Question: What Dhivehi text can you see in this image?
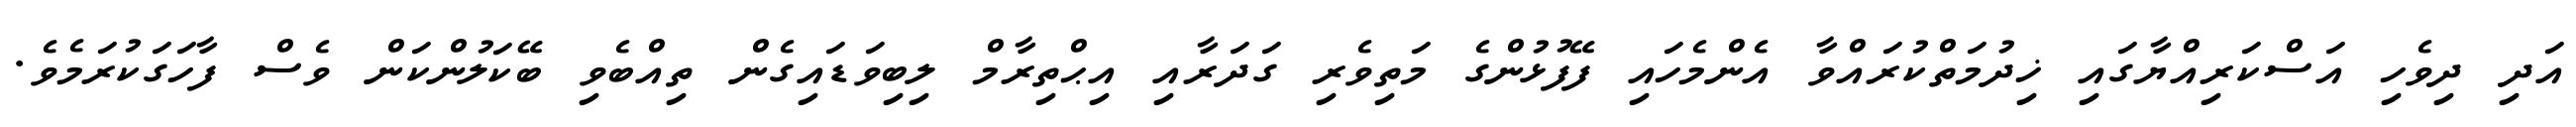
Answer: އަދި ދިވެހި އަސްކަރިއްޔާގައި ޚިދުމަތްކުރައްވާ އެންމެހައި ފޭފުޅުންގެ މަތިވެރި ގަދަރާއި އިޙްތިރާމް ލިބިވަޑައިގެން ތިއްބެވި ބޭކަލުންކަން ވެސް ފާހަގަކުރަމެވެ.